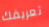
تعريفك